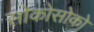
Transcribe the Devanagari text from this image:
सोकोसोको